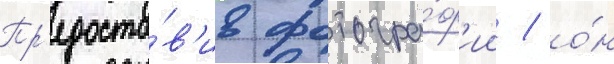
Пр'едоста́в'ив фотогра́ф'ии / о́н